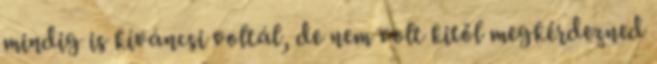
mindig is kíváncsi voltál, de nem volt kitől megkérdezned